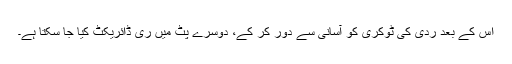
اس کے بعد ردی کی ٹوکری کو آسانی سے دور کر کے، دوسرے پِٹ میں ری ڈائریکٹ کیا جا سکتا ہے۔